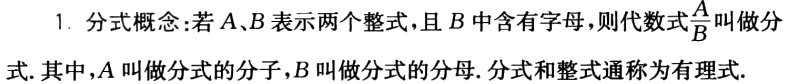
1. 分式概念:若\(A、B\)表示两个整式，且\(B\)中含有字母，则代数式\(\frac{A}{B}\)叫做分式. 其中，\(A\)叫做分式的分子，\(B\)叫做分式的分母. 分式和整式通称为有理式.